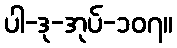
ပါ-ဒု-အုပ်-၁၀၇။